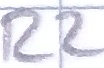
Text: R2